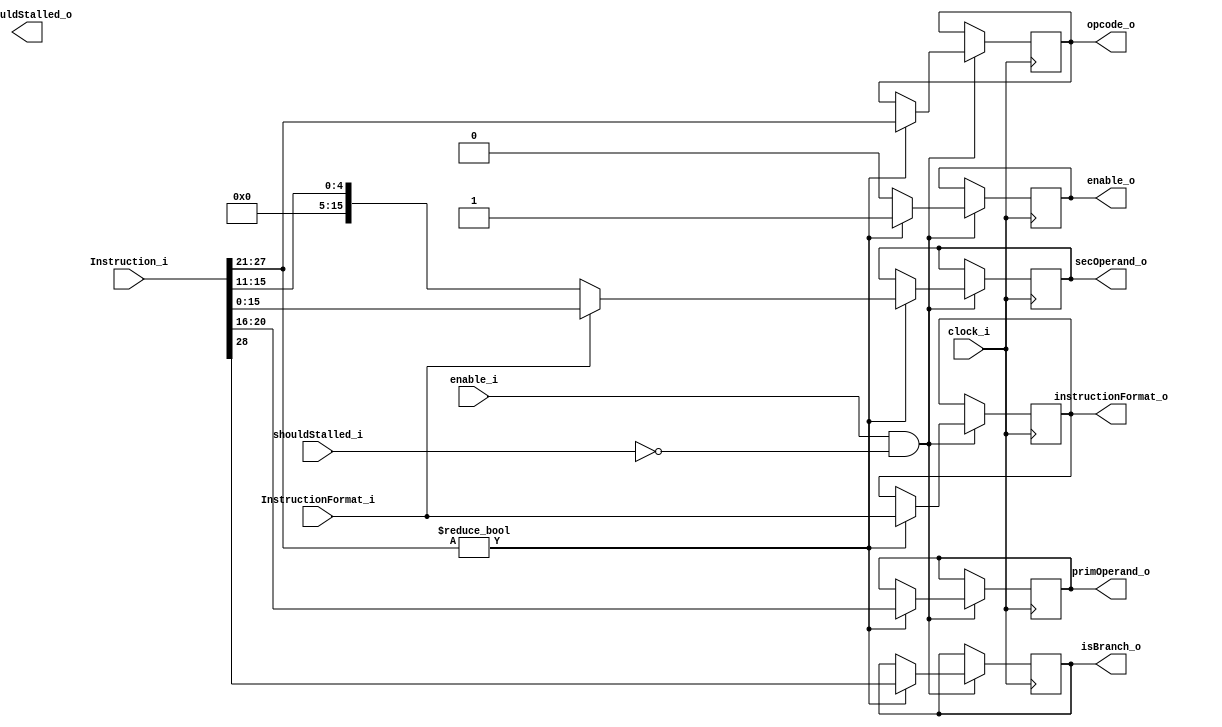
`timescale 1ns / 1ps
`default_nettype none
module Parser(
	//control
	input wire clock_i,
	input wire enable_i,
	input wire shouldStalled_i,
	//input
	input wire [29:0] Instruction_i,
	input wire InstructionFormat_i,
	//control out
	output reg shouldStalled_o,
	//output
	output reg instructionFormat_o,
	output reg isBranch_o,	
	output reg [6:0] opcode_o,
	output reg [4:0] primOperand_o,
	output reg [15:0] secOperand_o,
	output reg enable_o
	);
	
	always @(posedge clock_i)
	begin
		if(enable_i == 1 && (shouldStalled_i == 0))
		begin
			if(Instruction_i[27:21] != 0)//if not a nop
			begin
				//set the format, branch, opcode and prim operand
				instructionFormat_o <= InstructionFormat_i;
				isBranch_o <= Instruction_i[28];//set the is branch flag based on the branch bit
				opcode_o <= Instruction_i[27:21];//set the opcode
				primOperand_o <= Instruction_i[20:16];//set the first register operand		
				
				//set second operand
				if(InstructionFormat_i == 1)//if 30 bit instruction
				begin
					secOperand_o <= Instruction_i[15:0];//take the bottom 16 bits from instruction 1, as its an immediate val
				end
				else//else a 19 bit instruction
				begin
					secOperand_o <= Instruction_i[15:11];//take the bottom 5 bits from instruction 1, as its an register	
				end
				enable_o <= 1;				
			end
			else//else its a nop
				enable_o <= 0;
		end
	end
endmodule